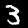
Digit: 3